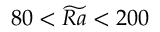
8 0 < \widetilde { R a } < 2 0 0